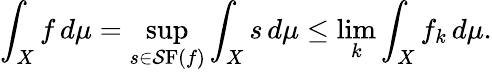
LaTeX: \int_{X}f\, d\mu=\operatorname*{sup}_{s\in\operatorname{\mathcal{S}F}(f)}\int_{X}s\, d\mu\leq\operatorname*{lim}_{k}\int_{X}f_{k}\, d\mu.